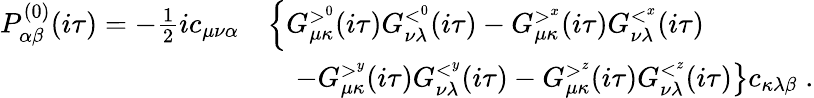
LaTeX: \begin{array}{rl}{P_{\alpha\beta}^{(0)}(i\tau)=-\frac{1}{2}ic_{\mu\nu\alpha}}&{\left\{ G_{\mu\kappa}^{>^{0}}(i\tau)G_{\nu\lambda}^{<^{0}}(i\tau)-G_{\mu\kappa}^{>^{x}}(i\tau)G_{\nu\lambda}^{<^{x}}(i\tau)\right.}\\ &{\left.\quad-G_{\mu\kappa}^{>^{y}}(i\tau)G_{\nu\lambda}^{<^{y}}(i\tau)-G_{\mu\kappa}^{>^{z}}(i\tau)G_{\nu\lambda}^{<^{z}}(i\tau)\right\} c_{\kappa\lambda\beta}\; .}\end{array}